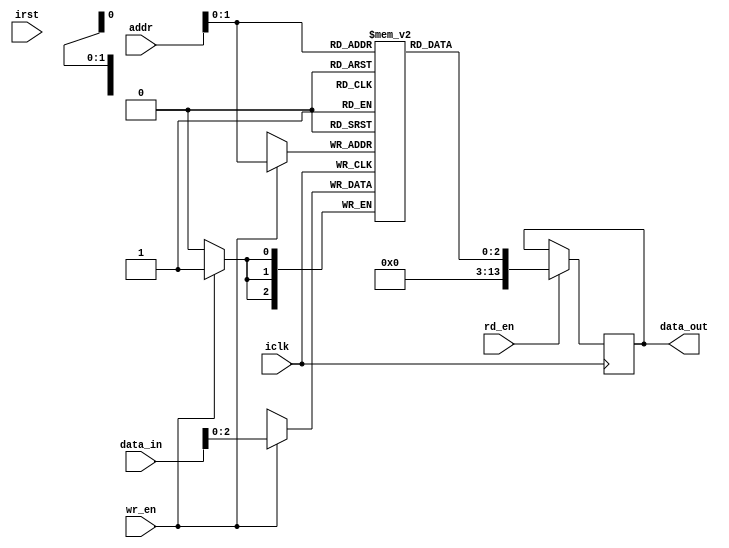
`timescale 1ns / 1ps
//////////////////////////////////////////////////////////////////////////////////
// Company: 
// Engineer: 
// 
// Design Name: 
// Module Name: memory_3bit
// Project Name: 
// Target Devices: 
// Tool Versions: 
// Description: 
// 
// Dependencies: 
// 
// Revision:
// Revision 0.01 - File Created
// Additional Comments:
// 
//////////////////////////////////////////////////////////////////////////////////


module memory_3bit(
  input wire iclk,
  input wire irst,
  input wire wr_en,
  input wire rd_en,
  input wire [9:0] addr,
  input wire [13:0] data_in,
  output reg [13:0] data_out
    );
    
   reg [2:0] memory [0:3];
   
   always @(posedge iclk)
  begin
    if(wr_en)
      memory[addr] <= data_in;
    if(rd_en)
      data_out <= memory[addr];
  end
    
    
    
    
    
    
endmodule